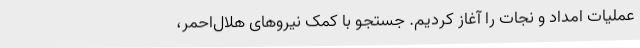
عملیات امداد و نجات را آغاز کردیم. جستجو با کمک نیروهای هلال‌احمر،